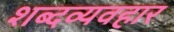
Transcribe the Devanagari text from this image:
शब्दव्यवहार